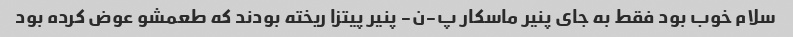
سلام خوب بود فقط به جای پنیر ماسکار پ-ن- پنیر پیتزا ریخته بودند که طعمشو عوض کرده بود